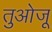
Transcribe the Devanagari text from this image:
तुओजू